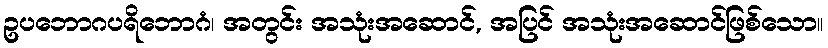
ဥပဘောဂပရိဘောဂံ၊ အတွင်း အသုံးအဆောင်, အပြင် အသုံးအဆောင်ဖြစ်သော။